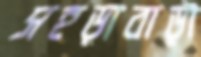
সহড়াবাড়ী